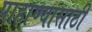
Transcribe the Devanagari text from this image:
पाहाण्यासाठी